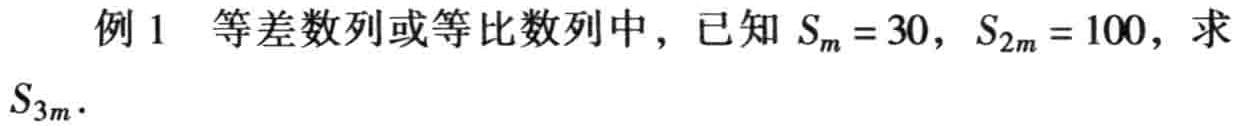
例 1 等差数列或等比数列中，已知 \(S_{m}=30\)，\(S_{2m}=100\)，求 \(S_{3m}\).